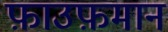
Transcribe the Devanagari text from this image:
फ़ाउफ़मान